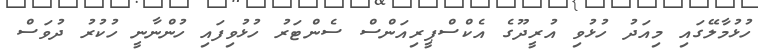
ހުޅުމާލޭގައި މިއަދު ހުޅުވި އުރީދޫގެ އެކްސްޕީރިއަންސް ސެންޓަރު ހުޅުވިފައި ހުންނާނީ ހުކުރު ދުވަސް